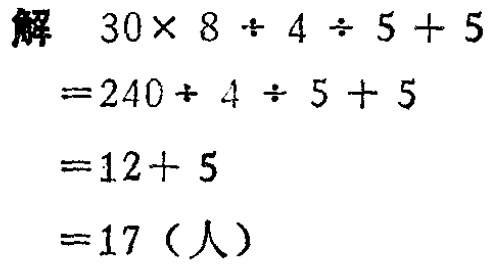
解

\[

\begin{align*}

&30\times 8\div 4\div 5 + 5\\

=&240\div 4\div 5 + 5\\

=&12 + 5\\

=&17（人）

\end{align*}

\]